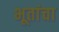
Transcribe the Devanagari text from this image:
भूतांचा